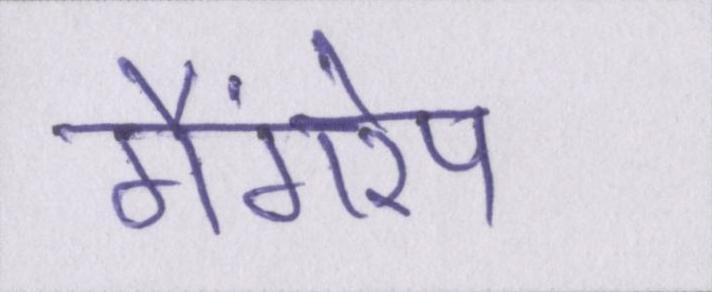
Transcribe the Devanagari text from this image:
गैंगरेप